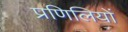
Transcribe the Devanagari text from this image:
प्रणिलियों